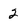
Character: 2